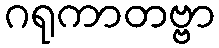
ဂရုကာတဗ္ဗာ